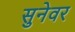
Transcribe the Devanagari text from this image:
सुनेवर